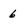
Character: 6